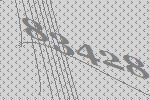
83428